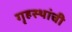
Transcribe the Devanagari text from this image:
गृहस्थांची